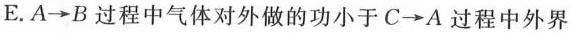
E. A\rightarrow B过程中气体对外做的功小于C\rightarrow A过程中外界